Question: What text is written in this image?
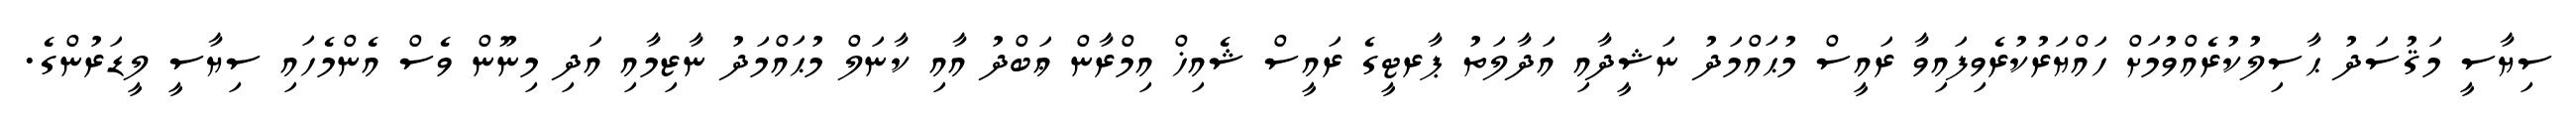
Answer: ސިޔާސީ މަޤުސަދު ޙާސިލުކުރެއްވުމަށް ހައްޔަރުކުރެވިފައިވާ ރައީސް މުޙައްމަދު ނަޝީދާއި އަދާލަތު ޕާރޓީގެ ރައީސް ޝެއިޚް އިމްރާން ޢަބްދު އާއި ކާނަލް މުޙައްމަދު ނާޒިމާއި އަދި މިނޫން ވެސް އެންމެހައި ސިޔާސީ ލީޑަރުންގެ.